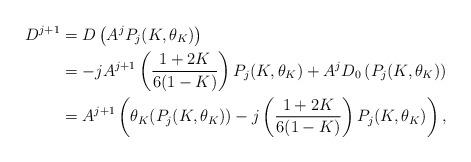
LaTeX: \begin{align*} D^{j+1} &= D\left(A^jP_j(K,\theta_K)\right)\\&=-jA^{j+1}\left(\frac{1+2K}{6(1-K)}\right)P_j(K,\theta_K) + A^{j}D_0\left(P_j(K,\theta_K)\right)\\&= A^{j+1}\left(\theta_K(P_j(K,\theta_K)) - j\left(\frac{1+2K}{6(1-K)}\right)P_j(K,\theta_K) \right),\end{align*}